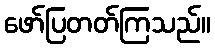
ဖော်ပြတတ်ကြသည်။